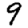
Digit: 9